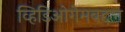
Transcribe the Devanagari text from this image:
व्हिडिओगेमबद्दल